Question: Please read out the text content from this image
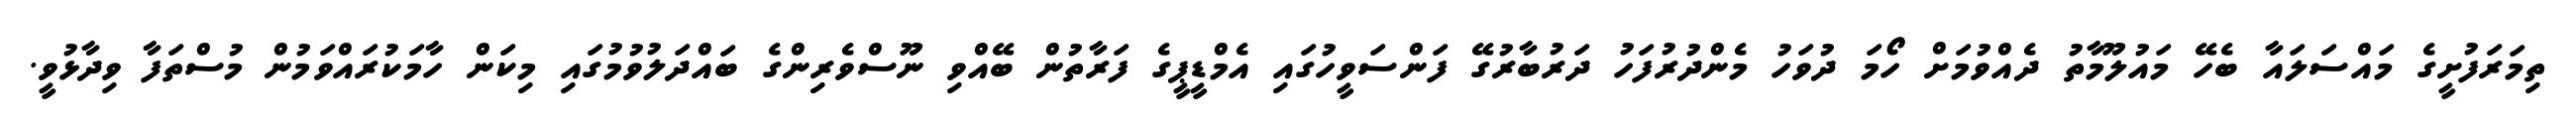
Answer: ތިމަރަފުށީގެ މައްސަލައާ ބެހޭ މައުލޫމާތު ދެއްވުމަށް ހޯމަ ދުވަހު މެންދުރުފަހު ދަރުބާރުގޭ ފަންސަވީހުގައި އެމްޑީޕީގެ ފަރާތުން ބޭއްވި ނޫސްވެރިންގެ ބައްދަލުވުމުގައި މިކަން ހާމަކުރައްވަމުން މުސްތަފާ ވިދާޅުވީ.